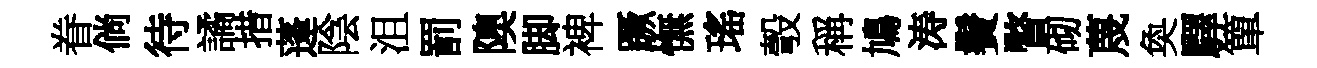
眷倘待譎措蓬陰沮罰隩脚裨蹶憮瑤彀稱鳩涛鬢瞥砌蔑奐驛簞